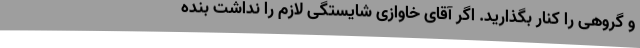
و گروهی را کنار بگذارید. اگر آقای خاوازی شایستگی لازم را نداشت بنده